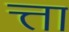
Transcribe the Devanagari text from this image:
त्ता